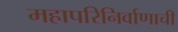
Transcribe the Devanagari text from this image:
महापरिनिर्वाणाची